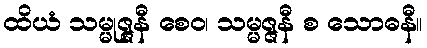
ထိယံ သမ္မုဇ္ဇနီ စေဝ၊ သမ္မဇ္ဇနီ စ သောဓနီ။